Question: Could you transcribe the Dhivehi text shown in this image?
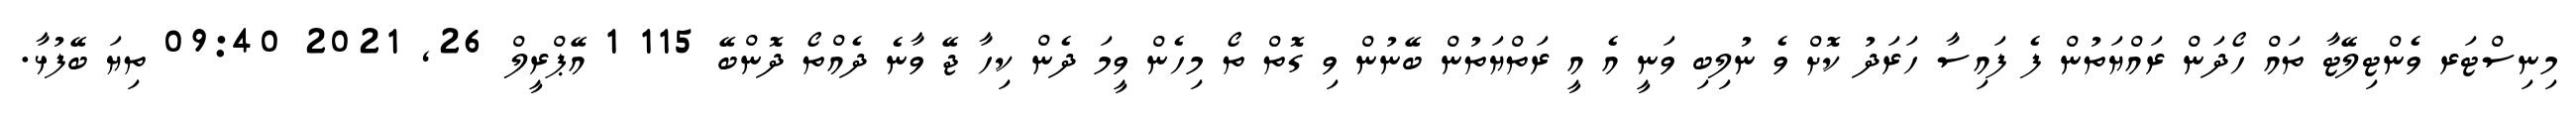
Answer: މިނިސްޓަރ ވެންޓިލޭޓާ ތައް ހޯދަން ރައްޔަތުން ފެ ފައިސާ ހަރަދު ކޮށް ވެ ނުލިބި ވަނީ އެ އީ ރަތްޔަތުން ބޭނުން ވި ގޮތް ތޯ މިހެން ވީމަ ދެން ކިހާ ޖޭ ވާނެ ދެއްތޯ ދޮންބޭ 115 1 އޭޕްރީލް 26, 2021 09:40 ތިޔަ ބޭފުޅާ.